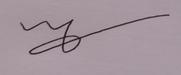
Signature authenticity: forged